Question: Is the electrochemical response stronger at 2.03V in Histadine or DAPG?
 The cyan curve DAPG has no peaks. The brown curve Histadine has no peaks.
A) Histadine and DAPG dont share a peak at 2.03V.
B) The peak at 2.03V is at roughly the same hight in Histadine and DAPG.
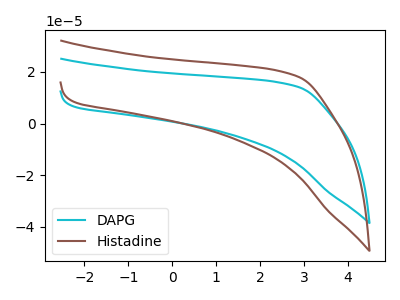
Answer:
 <answer>A) "Histadine" and "DAPG" dont share a peak at 2.03V.</answer>
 <eval>A</eval>